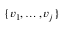
\{ v _ { 1 } , \ldots , v _ { j } \}